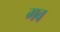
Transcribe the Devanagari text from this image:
गव